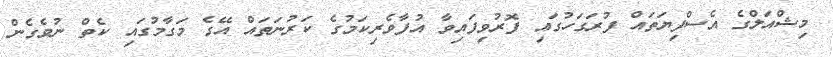
މިޝްއަލްގެ އެސްފިޔަތައް ފުރަގަހުގައި ފޮރުވިފައިވާ އުފާވެރިކަމުގެ ކަރުނަތައް އޭގެ މަގާމުގައި ކެތް ނުވެގެން